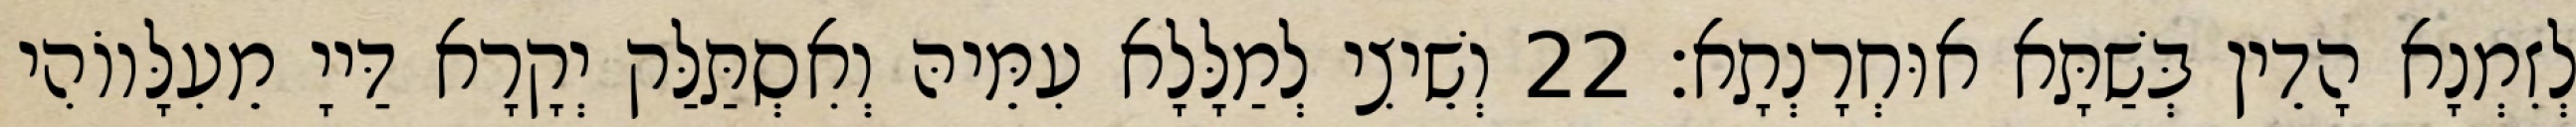
לְזִמְנָא הָדֵין בְּשַׁתָּא אוּחְרָנְתָא׃ 22 וְשֵׁיצִי לְמַלָּלָא עִמֵּיהּ וְאִסְתַּלַּק יְקָרָא דַּייָ מֵעִלָּווֹהִי